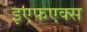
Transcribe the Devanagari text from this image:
इएफएक्स